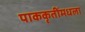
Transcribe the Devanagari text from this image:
पाककृतींमधला